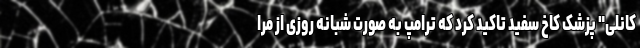
کانلی" پزشک کاخ سفید تاکید کرد که ترامپ به صورت شبانه روزی از مرا